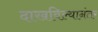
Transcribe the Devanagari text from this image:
दाखविल्यानंतर